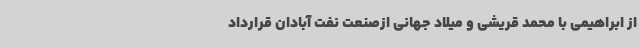
از ابراهیمی با محمد قریشی و میلاد جهانی ازصنعت نفت آبادان قرارداد